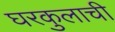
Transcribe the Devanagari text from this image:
घरकुलाची